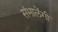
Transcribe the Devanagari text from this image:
संभालेंगी